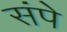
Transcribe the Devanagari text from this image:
संपे